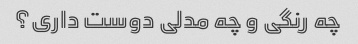
چه رنگی و چه مدلی دوست داری؟